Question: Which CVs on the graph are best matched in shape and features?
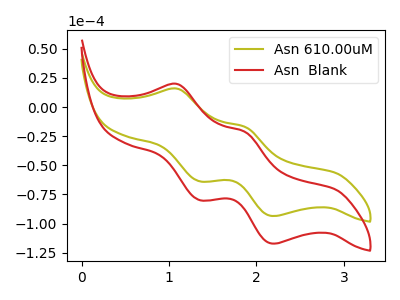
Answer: <think>The olive curve "Asn 610.00uM" has anodic peaks at (1.10V, 15.80uA) (1.85V, -17.00uA) and cathodic peaks at (1.35V, -63.65uA) (2.20V, -93.55uA). The red curve "Asn  Blank" has anodic peaks at (1.10V, 19.80uA) (1.85V, -21.30uA) and cathodic peaks at (1.35V, -79.75uA) (2.20V, -117.20uA).
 All the peaks in "Asn 610.00uM" have a peak in "Asn  Blank" at the same potential.</think>
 <answer>"Asn 610.00uM" and "Asn  Blank" have the same shape and are likely CV's of the same chemical.</answer>
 <eval>"Asn 610.00uM" "Asn  Blank"</eval>